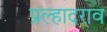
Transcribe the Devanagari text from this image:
प्रल्हादराव